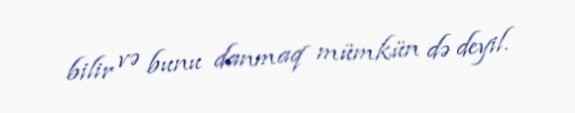
bilir və bunu danmaq mümkün də deyil.